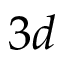
3 d